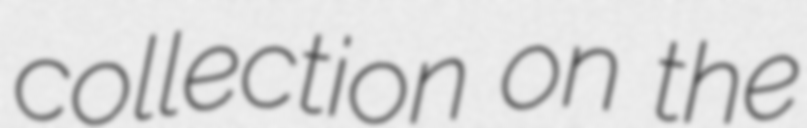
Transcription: collection on the